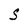
Character: S